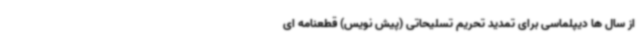
از سال ها دیپلماسی برای تمدید تحریم تسلیحاتی (پیش نویس) قطعنامه ای